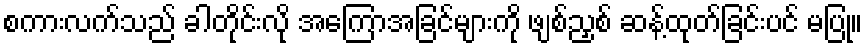
စကားလက်သည် ခါတိုင်းလို အကြောအခြင်များကို ဖျစ်ညှစ် ဆန့်ထုတ်ခြင်းပင် မပြု။